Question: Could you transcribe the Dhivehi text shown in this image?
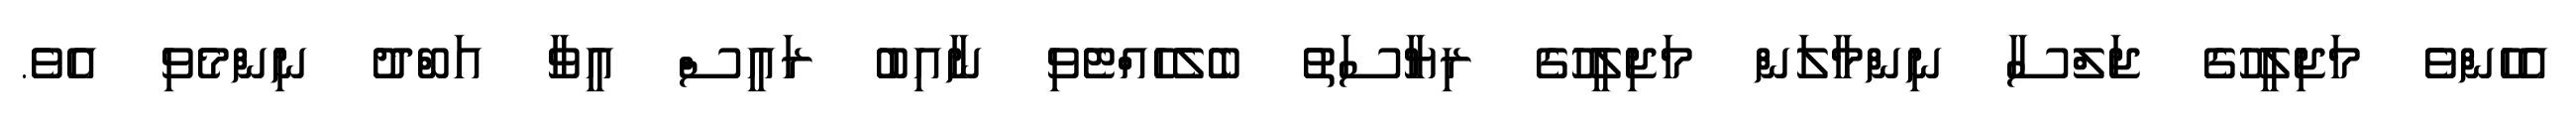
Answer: އެހެންވެ މަޖިލީހުގެ ޖަލްސާ ނިންމާލަން މަޖިލީހުގެ ރިޔާސަތު ބެލެހެއްޓެވި ނާއިބު ރައީސް އީވާ އަބްދު ނިންމެވި އެވެ.